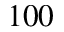
1 0 0